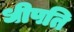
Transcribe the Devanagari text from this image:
धीपति